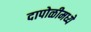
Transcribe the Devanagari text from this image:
दापोळीमध्ये